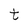
Character: t